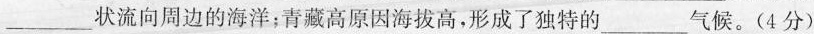
___状流向周边的海洋；青藏高原因海拔高，形成了独特的___气候。(4分)